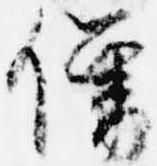
僧